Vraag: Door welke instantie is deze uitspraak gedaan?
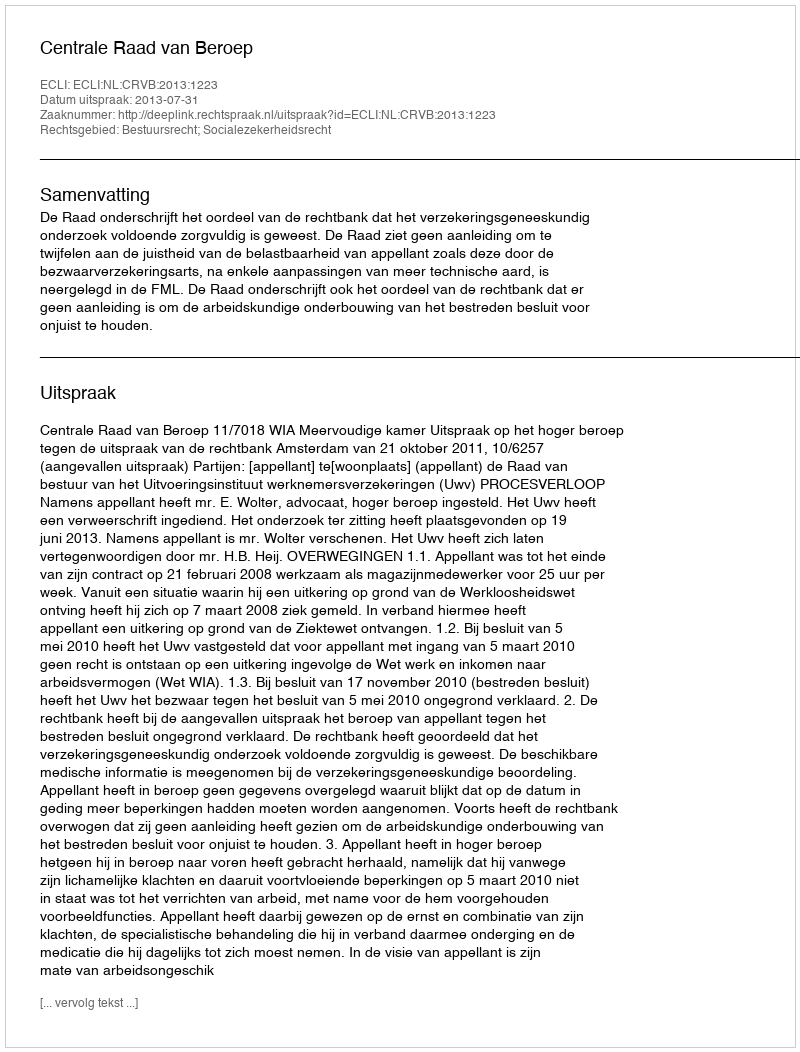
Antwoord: Centrale Raad van Beroep